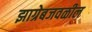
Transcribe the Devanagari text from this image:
झाग्रेबजवळील